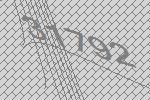
31792